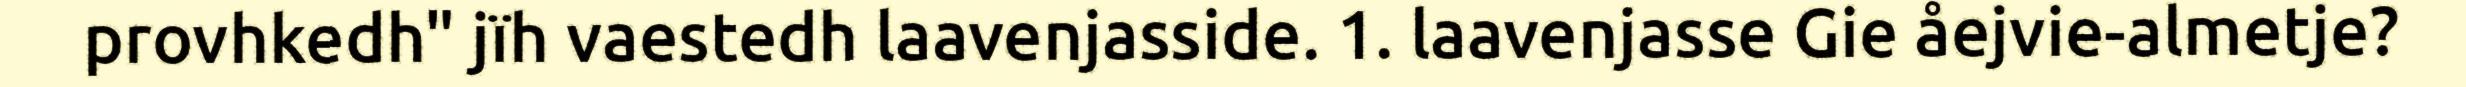
provhkedh" jïh vaestedh laavenjasside. 1. laavenjasse Gie åejvie-almetje?